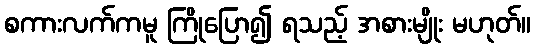
စကားလက်ကမူ ကြိုပြော၍ ရသည့် အစားမျိုး မဟုတ်။